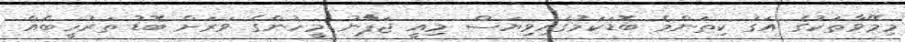
މިމޭވާތަކުގެ އަގު ކިތަންމެ ބޮޑަކަމުގައިވިޔަސް މިއީ ޖަޕާާނު މީހުންގެ ވަރަށް ބޮޑު ތަރުހީބެއް